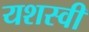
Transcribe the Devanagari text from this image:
यशस्‍वी